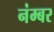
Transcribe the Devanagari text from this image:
नंम्बर